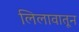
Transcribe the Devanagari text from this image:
लिलावातून